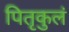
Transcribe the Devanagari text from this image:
पितृकुलं